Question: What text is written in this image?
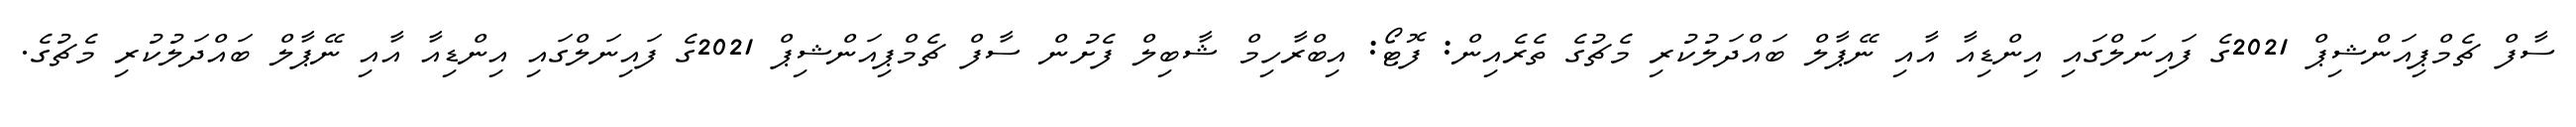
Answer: ސާފް ޗެމްޕިއަންޝިޕް 2021ގެ ފައިނަލްގައި އިންޑިއާ އާއި ނޭޕާލް ބައްދަލުކުރި މެޗުގެ ތެރެއިން: ފޮޓޯ: އިބްރާހިމް ޝާބިލް ފެށުން ސާފް ޗެމްޕިއަންޝިޕް 2021ގެ ފައިނަލްގައި އިންޑިއާ އާއި ނޭޕާލް ބައްދަލުކުރި މެޗުގެ.